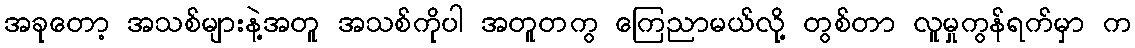
အခုတော့ အသစ်များနဲ့အတူ အသစ်ကိုပါ အတူတကွ ကြေညာမယ်လို့ တွစ်တာ လူမှုကွန်ရက်မှာ က